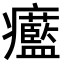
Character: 𤼓